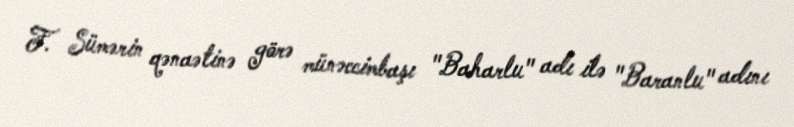
F. Sümərin qənaətinə görə münəccimbaşı "Baharlu" adı ilə "Baranlu" adını